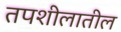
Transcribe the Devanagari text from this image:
तपशीलातील